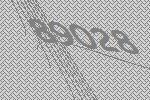
89028